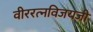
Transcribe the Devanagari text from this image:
वीररत्नविजयजी